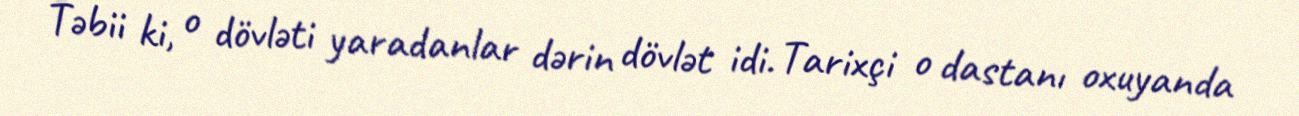
Təbii ki, o dövləti yaradanlar dərin dövlət idi. Tarixçi o dastanı oxuyanda